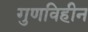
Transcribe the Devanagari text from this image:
गुणविहीन